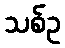
သစ်ဥ